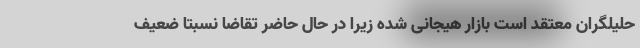
حلیلگران معتقد است بازار هیجانی شده زیرا در حال حاضر تقاضا نسبتا ضعیف